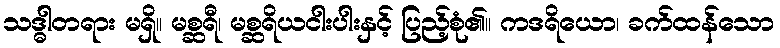
သဒ္ဓါတရား မရှိ။ မစ္ဆရီ၊ မစ္ဆရိယငါးပါးနှင့် ပြည့်စုံ၏။ ကဒရိယော၊ ခက်ထန်သော